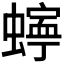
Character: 𮔾